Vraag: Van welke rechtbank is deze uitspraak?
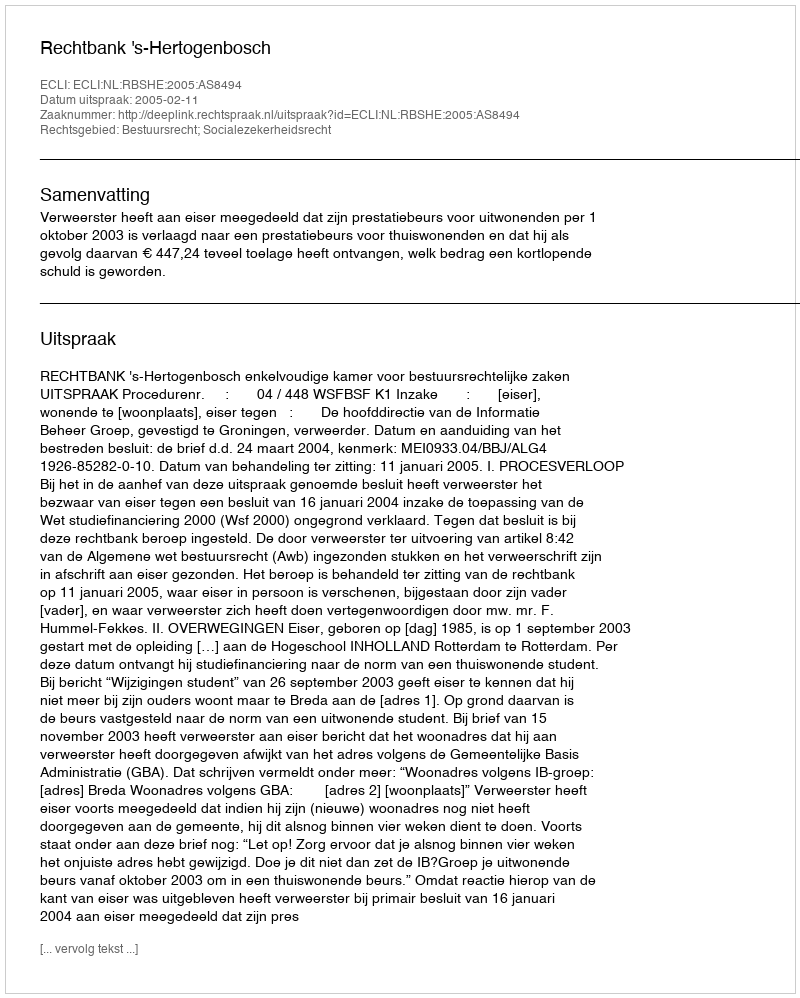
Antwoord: Rechtbank 's-Hertogenbosch